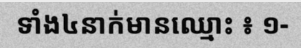
ទាំង៤នាក់មានឈ្មោះ ៖ ១-